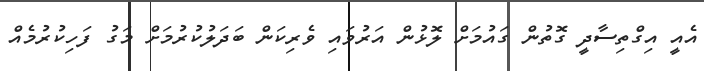
އެއީ އިގްތިސާދީ ގޮތުން ގައުމަށް ލޮޅުން އަރުވައި ވެރިކަން ބަދަލުކުރުމަށް މަގު ފަހިކުރުމެއް